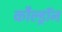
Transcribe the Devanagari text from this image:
कौल्ड्रॉन